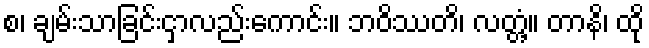
စ၊ ချမ်းသာခြင်းငှာလည်းကောင်း။ ဘဝိဿတိ၊ လတ္တံ့။ တာနိ၊ ထို